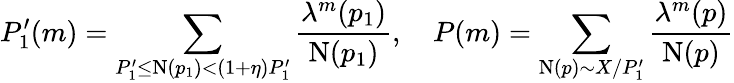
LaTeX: P_{1}^{\prime}(m)=\sum_{P_{1}^{\prime}\le\textnormal{N}(p_{1})<(1+\eta)P_{1}^{\prime}}\frac{\lambda^{m}(p_{1})}{\textnormal{N}(p_{1})},\quad P(m)=\sum_{\textnormal{N}(p)\sim X/P_{1}^{\prime}}\frac{\lambda^{m}(p)}{\textnormal{N}(p)}